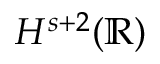
H ^ { s + 2 } ( \mathbb R )